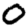
Digit: 0